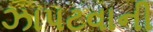
ઝાપટવાની